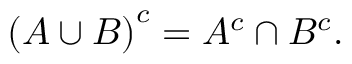
\left( A \cup B \right) ^ { c } = A ^ { c } \cap B ^ { c } .